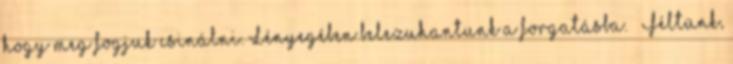
hogy meg fogjuk csinálni. Lényegében belezuhantunk a forgatásba.” „Féltünk,